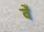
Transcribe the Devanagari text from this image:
वेँ